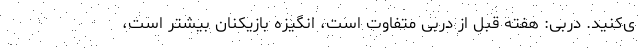
ی‌کنید. دربی: هفته قبل از دربی متفاوت است، انگیزه بازیکنان بیشتر است،